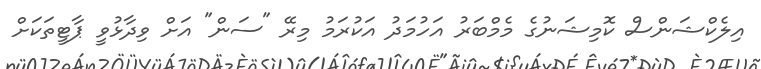
އިލެކްޝަންސް ކޮމިޝަނުގެ މެމްބަރު އަހުމަދު އަކުރަމު މިރޭ "ސަން" އަށް ވިދާޅުވީ ޕާޓީތަކަށް